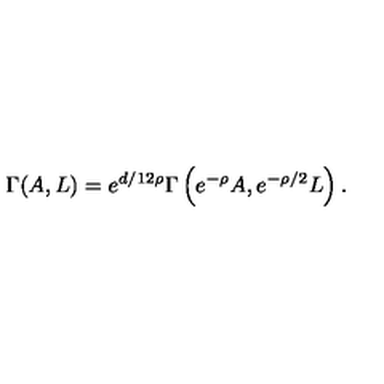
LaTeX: \Gamma ( A , L ) = { e ^ { d / 1 2 \rho } } \Gamma \left( { e ^ { - \rho } } A , { e ^ { - \rho / 2 } } L \right) .